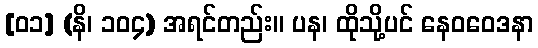
[၀၁] (နိ၊ ၁၀၄) အရင်တည်း။ ပန၊ ထိုသို့ပင် နေဝဝေဒနာ